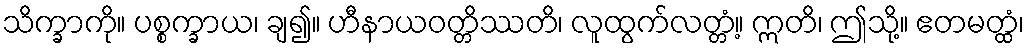
သိက္ခာကို။ ပစ္စက္ခာယ၊ ချ၍။ ဟီနာယဝတ္တိဿတိ၊ လူထွက်လတ္တံ့။ ဣတိ၊ ဤသို့။ ဧတမတ္ထံ၊